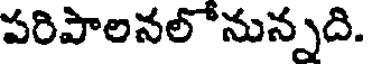
పరిపాలనలోనున్నది.